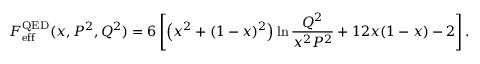
F _ { \mathrm { e f f } } ^ { \mathrm { Q E D } } ( x , P ^ { 2 } , Q ^ { 2 } ) = 6 \left[ \left( x ^ { 2 } + ( 1 - x ) ^ { 2 } \right) \ln \frac { Q ^ { 2 } } { x ^ { 2 } P ^ { 2 } } + 1 2 x ( 1 - x ) - 2 \right] .